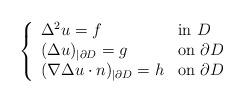
LaTeX: \begin{align*}\left\{\begin{array}{ll}\Delta^2 u = f &\hbox{\rm in} \ D\\ (\Delta u)_{|\partial D} = g &\hbox{\rm on} \ \partial D \\(\nabla \Delta u \cdot n)_{|\partial D} = h &\hbox{\rm on} \ \partial D\end{array}\right.\end{align*}